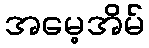
အမေ့အိမ်